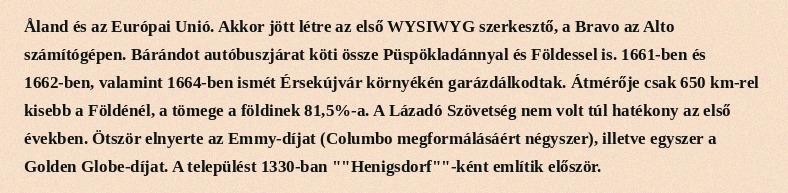
Åland és az Európai Unió. Akkor jött létre az első WYSIWYG szerkesztő, a Bravo az Alto számítógépen. Bárándot autóbuszjárat köti össze Püspökladánnyal és Földessel is. 1661-ben és 1662-ben, valamint 1664-ben ismét Érsekújvár környékén garázdálkodtak. Átmérője csak 650 km-rel kisebb a Földénél, a tömege a földinek 81,5%-a. A Lázadó Szövetség nem volt túl hatékony az első években. Ötször elnyerte az Emmy-díjat (Columbo megformálásáért négyszer), illetve egyszer a Golden Globe-díjat. A települést 1330-ban ""Henigsdorf""-ként említik először.